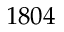
1 8 0 4